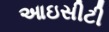
આઇસીટી